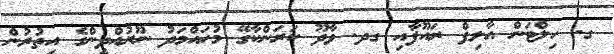
ގ. ހިލްޓަން އާލިފް ރައޫފާއި ގދ. ވާދޫ ކަރަންކާގޭ މުހައްްމަދު ނޫރުއްދީންގެ އިތުރުން